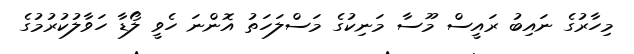
މިހާރުގެ ނައިބު ރައީސް މޫސާ މަނިކުގެ މަސްލަހަތު އޮންނަ ހެވީ ލޯޑާ ހަވާލުކުރުމުގެ